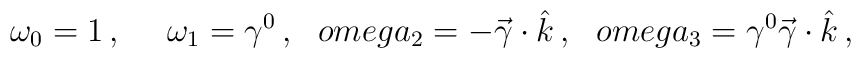
\omega_0 = 1\, , \ \ \ \ \omega_1 = \gamma^0 \, , \ \ \ \\omega_2 = - \vec \gamma \cdot \hat k \, , \ \ \ \\omega_3 = \gamma^0 \vec \gamma \cdot \hat k  \, ,